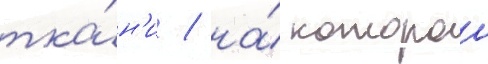
тка́н'и / на́ которои